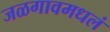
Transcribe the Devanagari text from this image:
जळगावमधलं